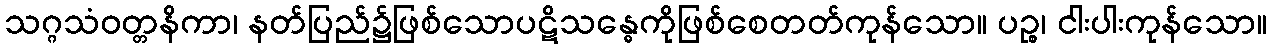
သဂ္ဂသံဝတ္တနိကာ၊ နတ်ပြည်၌ဖြစ်သောပဋိသန္ဓေကိုဖြစ်စေတတ်ကုန်သော။ ပဉ္စ၊ ငါးပါးကုန်သော။